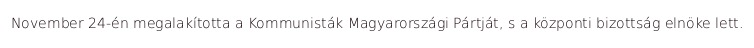
November 24-én megalakította a Kommunisták Magyarországi Pártját, s a központi bizottság elnöke lett.